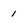
Character: 1